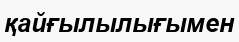
қайғылылығымен